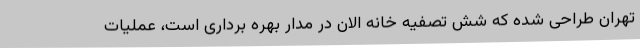
تهران طراحی شده که شش تصفیه خانه الان در مدار بهره برداری است، عملیات